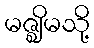
မဇ္ဈိမသို့